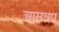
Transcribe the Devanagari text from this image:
आसन्नप